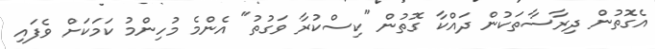
އެގޮތުން ދިރާސާތަކުން ދައްކާ ގޮތުން "ކިސްކުރާ ވަގުތު" އެންމެ މުހިންމު ކަމަކަށް ވެފައި